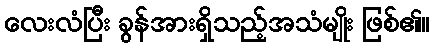
လေးလံပြီး ခွန်အားရှိသည့်အသံမျိုး ဖြစ်၏။